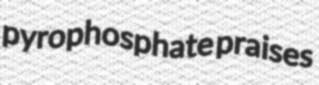
pyrophosphate praises